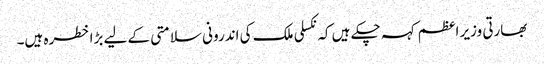
بھارتی وزیر اعظم کہہ چکے ہیں کہ نکسلی ملک کی اندرونی سلامتی کے لیے بڑا خطرہ ہیں۔